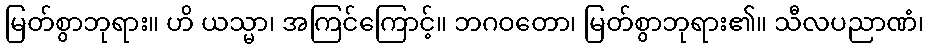
မြတ်စွာဘုရား။ ဟိ ယသ္မာ၊ အကြင်ကြောင့်။ ဘဂဝတော၊ မြတ်စွာဘုရား၏။ သီလပညာဏံ၊